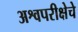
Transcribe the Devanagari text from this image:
अश्वपरीक्षेचे